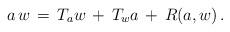
LaTeX: \begin{align*} a\,w\,=\,T_aw\,+\,T_wa\,+\,R(a,w)\,.\end{align*}